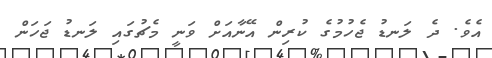
އެވެ. ދެ ލަނޑު ޖެހުމުގެ ކުރިން އޭނާއަށް ވަނީ މެޗުގައި ލަނޑު ޖަހަން